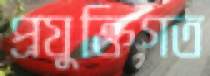
প্রযুক্তিগত